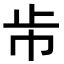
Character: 𣥈